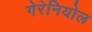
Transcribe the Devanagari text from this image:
गेरेनियोल